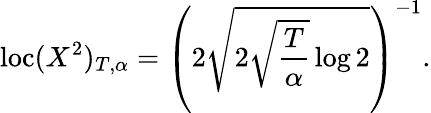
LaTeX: \mathrm{loc}(X^{2})_{T,\alpha}=\left(2\sqrt{2\sqrt{\frac{T}{\alpha}}\log 2}\right)^{-1}.